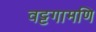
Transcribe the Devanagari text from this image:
वट्टगामणि